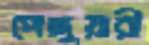
পেঙ্গুয়ারী